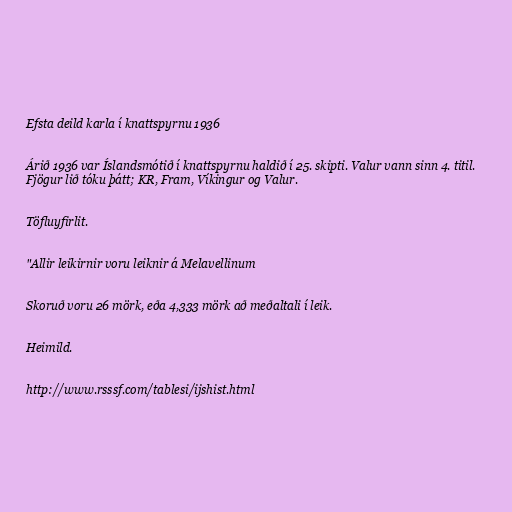
Efsta deild karla í knattspyrnu 1936

Árið 1936 var Íslandsmótið í knattspyrnu haldið í 25. skipti. Valur vann sinn 4. titil.
Fjögur lið tóku þátt; KR, Fram, Víkingur og Valur.

Töfluyfirlit.

"Allir leikirnir voru leiknir á Melavellinum

Skoruð voru 26 mörk, eða 4,333 mörk að meðaltali í leik.

Heimild.

http://www.rsssf.com/tablesi/ijshist.html